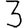
Digit: 3